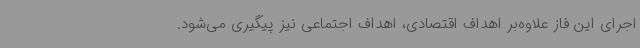
اجرای این فاز علاوه‌بر اهداف اقتصادی، اهداف اجتماعی نیز پیگیری می‌شود.